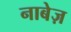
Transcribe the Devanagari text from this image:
नाबेज़